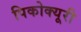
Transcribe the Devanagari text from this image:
पिकोक्यूरी